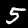
Digit: 5